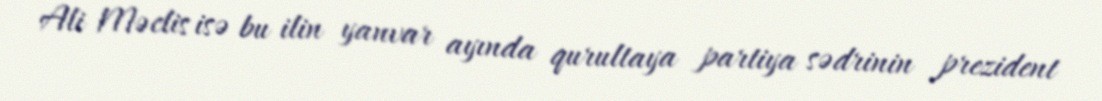
Ali Məclis isə bu ilin yanvar ayında qurultaya partiya sədrinin prezident